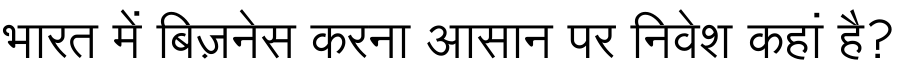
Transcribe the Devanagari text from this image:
भारत में बिज़नेस करना आसान पर निवेश कहां है?